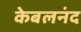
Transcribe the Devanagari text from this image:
केबलनंद